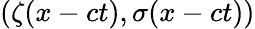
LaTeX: (\zeta(x-ct),\sigma(x-ct))